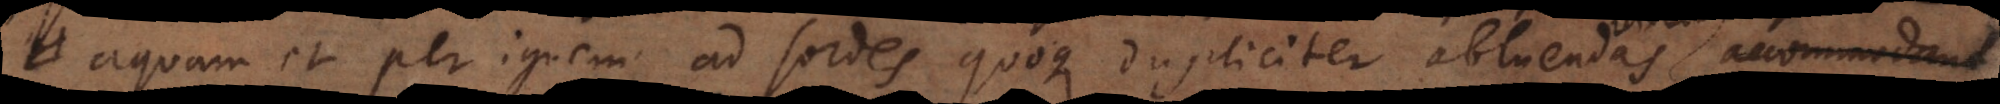
aquam et per ignem ad sordes quoque dupliciter abluendas utilem